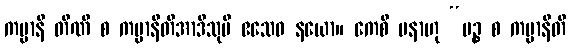
ကမ္မာနိ တီဏိ စ ကမ္မာနီတိအာဒီသုပိ ဧသေဝ နယော။ ကေစိ ပနာဟု “ပဉ္စ စ ကမ္မာနီတိ